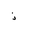
Letter: _thal